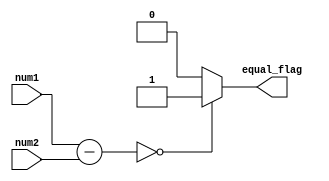
module equality_comparator (
    input [7:0] num1,
    input [7:0] num2,
    output reg equal_flag
);

reg [7:0] difference;

// Subtractor
assign difference = num1 - num2;

// Comparator
always @*
begin
    if (difference == 0)
        equal_flag = 1;
    else
        equal_flag = 0;
end

endmodule